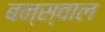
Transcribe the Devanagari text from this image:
बन्स्वाल